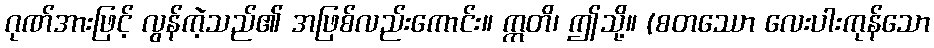
ဂုဏ်အားဖြင့် လွန်ကဲ့သည်၏ အဖြစ်လည်းကောင်း။ ဣတိ၊ ဤသို့။ (စတဿော လေးပါးကုန်သော